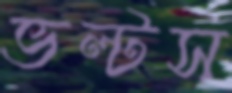
ভল্টস